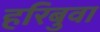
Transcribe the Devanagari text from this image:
हरिबुवा